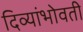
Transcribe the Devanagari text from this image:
दिव्यांभोवती